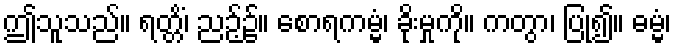
ဤသူသည်။ ရတ္တိံ၊ ညဉ့်၌။ စောရကမ္မံ၊ ခိုးမှုကို။ ကတွာ၊ ပြု၍။ ဓမ္မံ၊